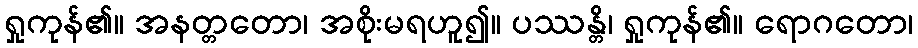
ရှုကုန်၏။ အနတ္တတော၊ အစိုးမရဟူ၍။ ပဿန္တိ၊ ရှုကုန်၏။ ရောဂတော၊